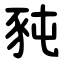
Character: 豘